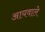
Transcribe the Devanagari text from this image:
आयवाले